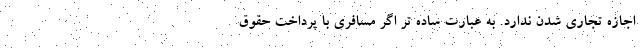
اجازه تجاری شدن ندارد. به عبارت ساده تر اگر مسافری با پرداخت حقوق